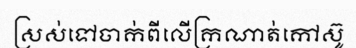
ស្រស់ទៅចាក់ពីលើក្រណាត់កៅស៊ូ